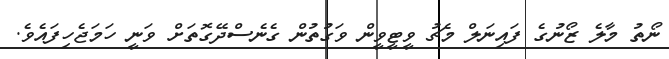
ނޯތު މާލެ ޒޯނުގެ ފައިނަލް މެޗު ވީޓީވީން ވަގުތުން ގެނެސްދޭގޮތަށް ވަނީ ހަމަޖެހިފައެވެ.